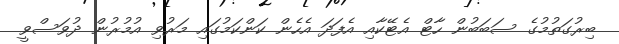
ބިރުގަތުމުގެ ސަބަބުން ހާޓް އެޓޭކާއި އެފަދަ އެހެން ކަންކަމުގައި މަރުވި އުމުރުން ދުވަސްވީ